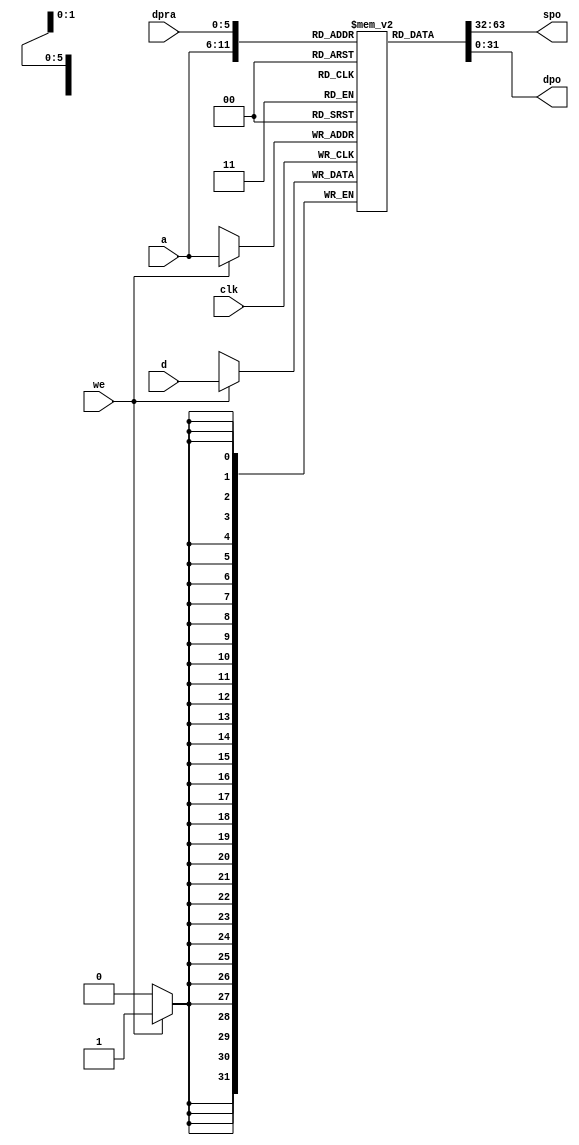
module rf_dist_cm2(
	a,
	d,
	dpra,
	clk,
	we,
	spo,
	dpo);


input [5 : 0] a;
input [31 : 0] d;
input [5 : 0] dpra;
input clk;
input we;
output [31 : 0] spo;
output [31 : 0] dpo;

reg	[31:0]		mem [63:0];
integer i;

initial begin
	for (i = 0; i < 64; i = i + 1) begin
		mem[i] <= 32'h0;
	end
end

//
// Write port
//
always @(posedge clk)
	if (we) mem[a] <= #1 d;

//
// Read port A
//

assign spo = mem[a];
assign dpo = mem[dpra];

endmodule